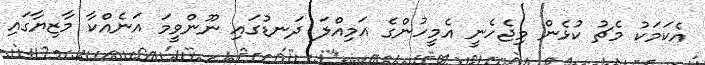
އެކަމަކު މެޗު ކުޅެން މިޖެހެނީ އެމީހުންގެ އަމިއްލަ ދަނޑުގައި ނޫންވީމަ އަނެއްކާ މާޒިޔާގައި